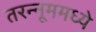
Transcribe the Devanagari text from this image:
तरन्नूममध्ये